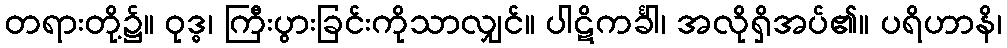
တရားတို့၌။ ဝုဒ္ဓ၊ ကြီးပွားခြင်းကိုသာလျှင်။ ပါဋိကင်္ခါ၊ အလိုရှိအပ်၏။ ပရိဟာနိ၊